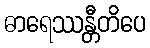
ဓာရေဿန္တီတိပေ